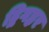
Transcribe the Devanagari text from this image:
द्विगह्वर